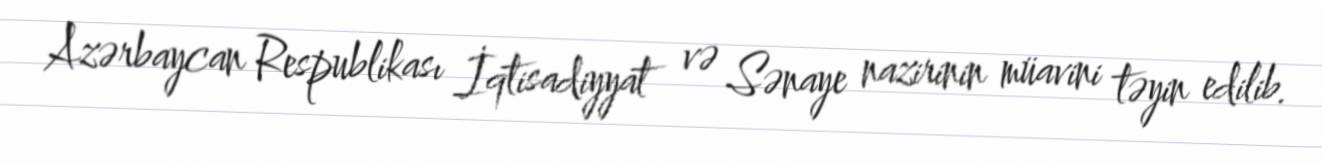
Azərbaycan Respublikası İqtisadiyyat və Sənaye nazirinin müavini təyin edilib.